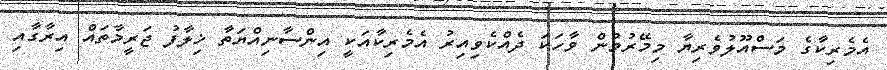
އެމެރިކާގެ މަސްއޫލުވެރިޔާ މިމޭރުމުން ވާހަކަ ދެއްކެވިއިރު އެމެރިކާއަކީ އިންސާނިއްޔަތާ ޚިލާފު ޖަރީމާތައް އިރާގާއި